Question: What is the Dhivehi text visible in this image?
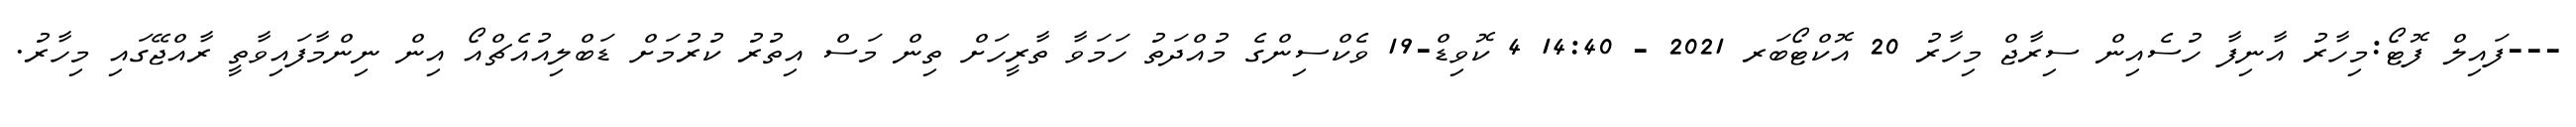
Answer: ---ފައިލް ފޮޓޯ:މިހާރު އާނިފާ ހުސެއިން ސިރާޖް މިހާރު 20 އޮކްޓޯބަރ 2021 - 14:40 4 ކޮވިޑް-19 ވެކްސިންގެ މުއްދަތު ހަމަވާ ތާރީހަށް ތިން މަސް އިތުރު ކުރުމަށް ޑަބްލިއުއެޗްއޯ އިން ނިންމާފައިވާތީ ރާއްޖޭގައި މިހާރު.